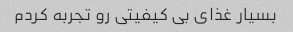
بسیار غذای بی کیفیتی رو تجربه کردم